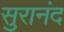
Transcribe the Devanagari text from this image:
सुरानंद